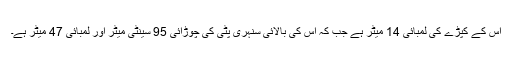
اس کے کپڑے کی لمبائی 14 میٹر ہے جب کہ اس کی بالائی سنہری پٹی کی چوڑائی 95 سینٹی میٹر اور لمبائی 47 میٹر ہے۔